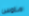
ماوس